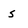
Character: s